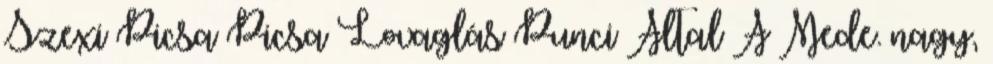
Szexi Picsa Picsa Lovaglás Punci Által A Mede. nagy,